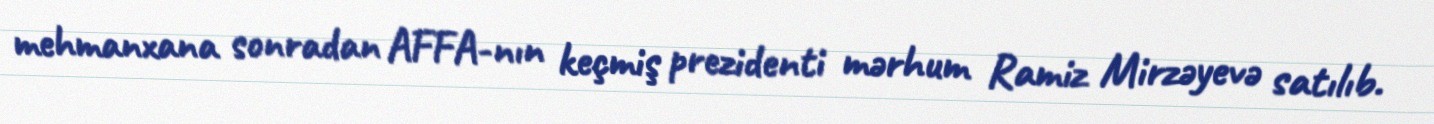
mehmanxana sonradan AFFA-nın keçmiş prezidenti mərhum Ramiz Mirzəyevə satılıb.